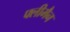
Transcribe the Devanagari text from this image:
फ्लीमैन